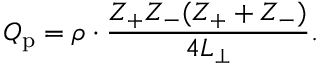
Q _ { \mathrm { p } } = \rho \cdot \frac { Z _ { + } Z _ { - } ( Z _ { + } + Z _ { - } ) } { 4 L _ { \perp } } .